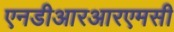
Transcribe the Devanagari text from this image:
एनडीआरआरएमसी